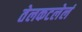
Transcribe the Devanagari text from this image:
तेलकटलेलं